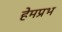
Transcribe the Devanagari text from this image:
हेमप्रभ